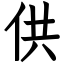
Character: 供